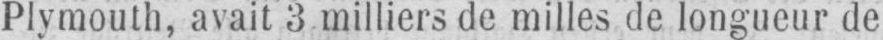
Plymouth, avait 3milliers de milles de longueur de